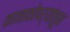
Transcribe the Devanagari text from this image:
कानाकोपर्‍यांतून